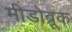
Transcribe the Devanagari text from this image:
मीडोब्रूक